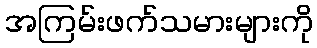
အကြမ်းဖက်သမားများကို